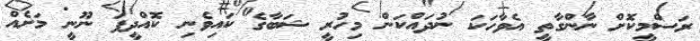
ރަސްމީކޮށް ނާންގާތީ އެވާހަކަ ނުދައްކަން މިހުރީ ޝަބާގެ ކައިވެނި ކޮއްދީފަ ނޫނީ މަށެއް